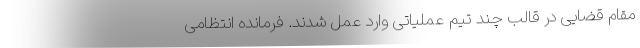
مقام قضایی در قالب چند تیم عملیاتی وارد عمل شدند. فرمانده انتظامی